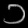
Digit: ၁